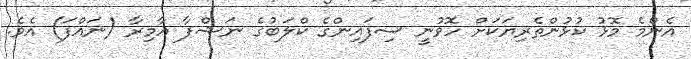
އެންމެ މޮޅު ކުޅުންތެރިޔަކަށް ހޮވުނީ ސިފައިންގެ ކްލަބުގެ ނަޝްފާ އާމިރާ (ނައްފަ) އެވެ.